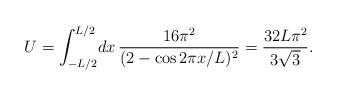
LaTeX: \begin{align*}U=\int_{-L/2}^{L/2}\!dx\,\frac{16\pi^2}{(2-\cos 2 \pi x/L)^2}= \frac{32 L \pi^2}{3 \sqrt{3}}.\end{align*}